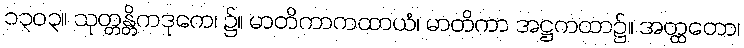
၁၃၀၃။ သုတ္တန္တိကဒုကေ၊ ၌။ မာတိကာကထာယံ၊ မာတိကာ အဋ္ဌကထာ၌။ အတ္ထတော၊